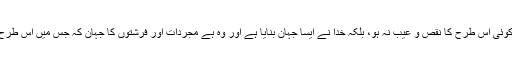
جواب: جی ہاں نہ صرف یہ کہ خدا ایک ایسا جہان بنا سکتا ہے، جس میں کوئی اس طرح کا نقص و عیب نہ ہو، بلکہ خدا نے ایسا جہان بنایا ہے اور وہ ہے مجردات اور فرشتوں کا جہان کہ جس میں اس طرح کا عیب و نقص وجود نہیں رکھتا، پس خدا کی قدرت میں کوئی کمی نہیں۔